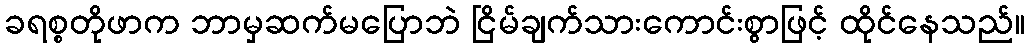
ခရစ္စတိုဖာက ဘာမှဆက်မပြောဘဲ ငြိမ်ချက်သားကောင်းစွာဖြင့် ထိုင်နေသည်။